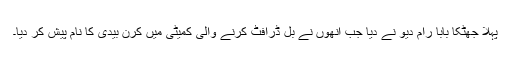
پہلا جھٹکا بابا رام دیو نے دیا جب انھوں نے بل ڈرافٹ کرنے والی کمیٹی میں کرن بیدی کا نام پیش کر دیا۔